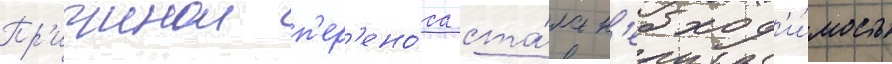
Пр'ичинои п'ер'ено́са ста́ла н'еобход'и́мость